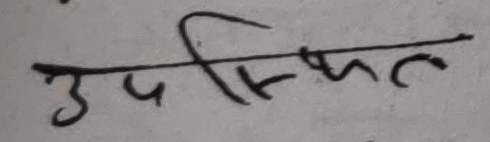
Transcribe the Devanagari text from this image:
उपस्थित